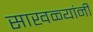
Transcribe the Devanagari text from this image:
साखळ्यांनी